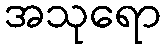
အသုရော